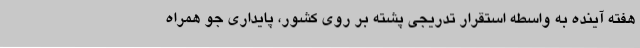
هفته آینده به واسطه استقرار تدریجی پشته بر روی کشور، پایداری جو همراه